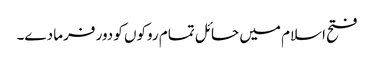
فتح اسلام میں حائل تمام روکوں کو دور فرما دے۔